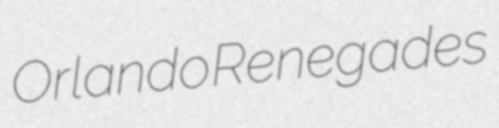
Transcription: Orlando Renegades